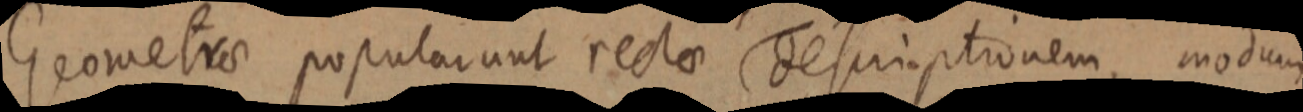
Geometrae popularunt rectae descriptionem, modum